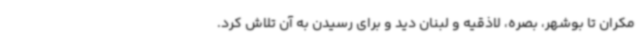
مکران تا بوشهر، بصره، لاذقیه و لبنان دید و برای رسیدن به آن تلاش کرد.